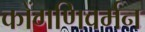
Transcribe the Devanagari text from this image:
कोंगणिवर्मन